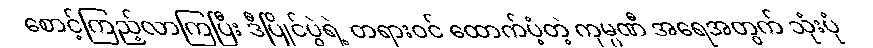
စောင့်ကြည့်လာကြပြီး ဒီပြိုင်ပွဲရဲ့ တရားဝင် ထောက်ပံ့တဲ့ ကုမ္ပဏီ အရေအတွက် သုံးပုံ